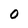
Character: 0